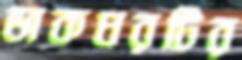
ডাকঘরটির